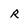
Character: R